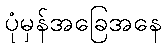
ပုံမှန်အခြေအနေ